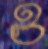
ও